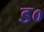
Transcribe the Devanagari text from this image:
ड०